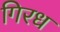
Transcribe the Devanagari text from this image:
गिरध